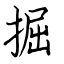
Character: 掘